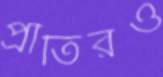
প্রীতিরও